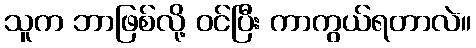
သူက ဘာဖြစ်လို့ ဝင်ပြီး ကာကွယ်ရတာလဲ။